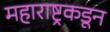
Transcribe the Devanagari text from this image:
महाराष्ट्रकडून